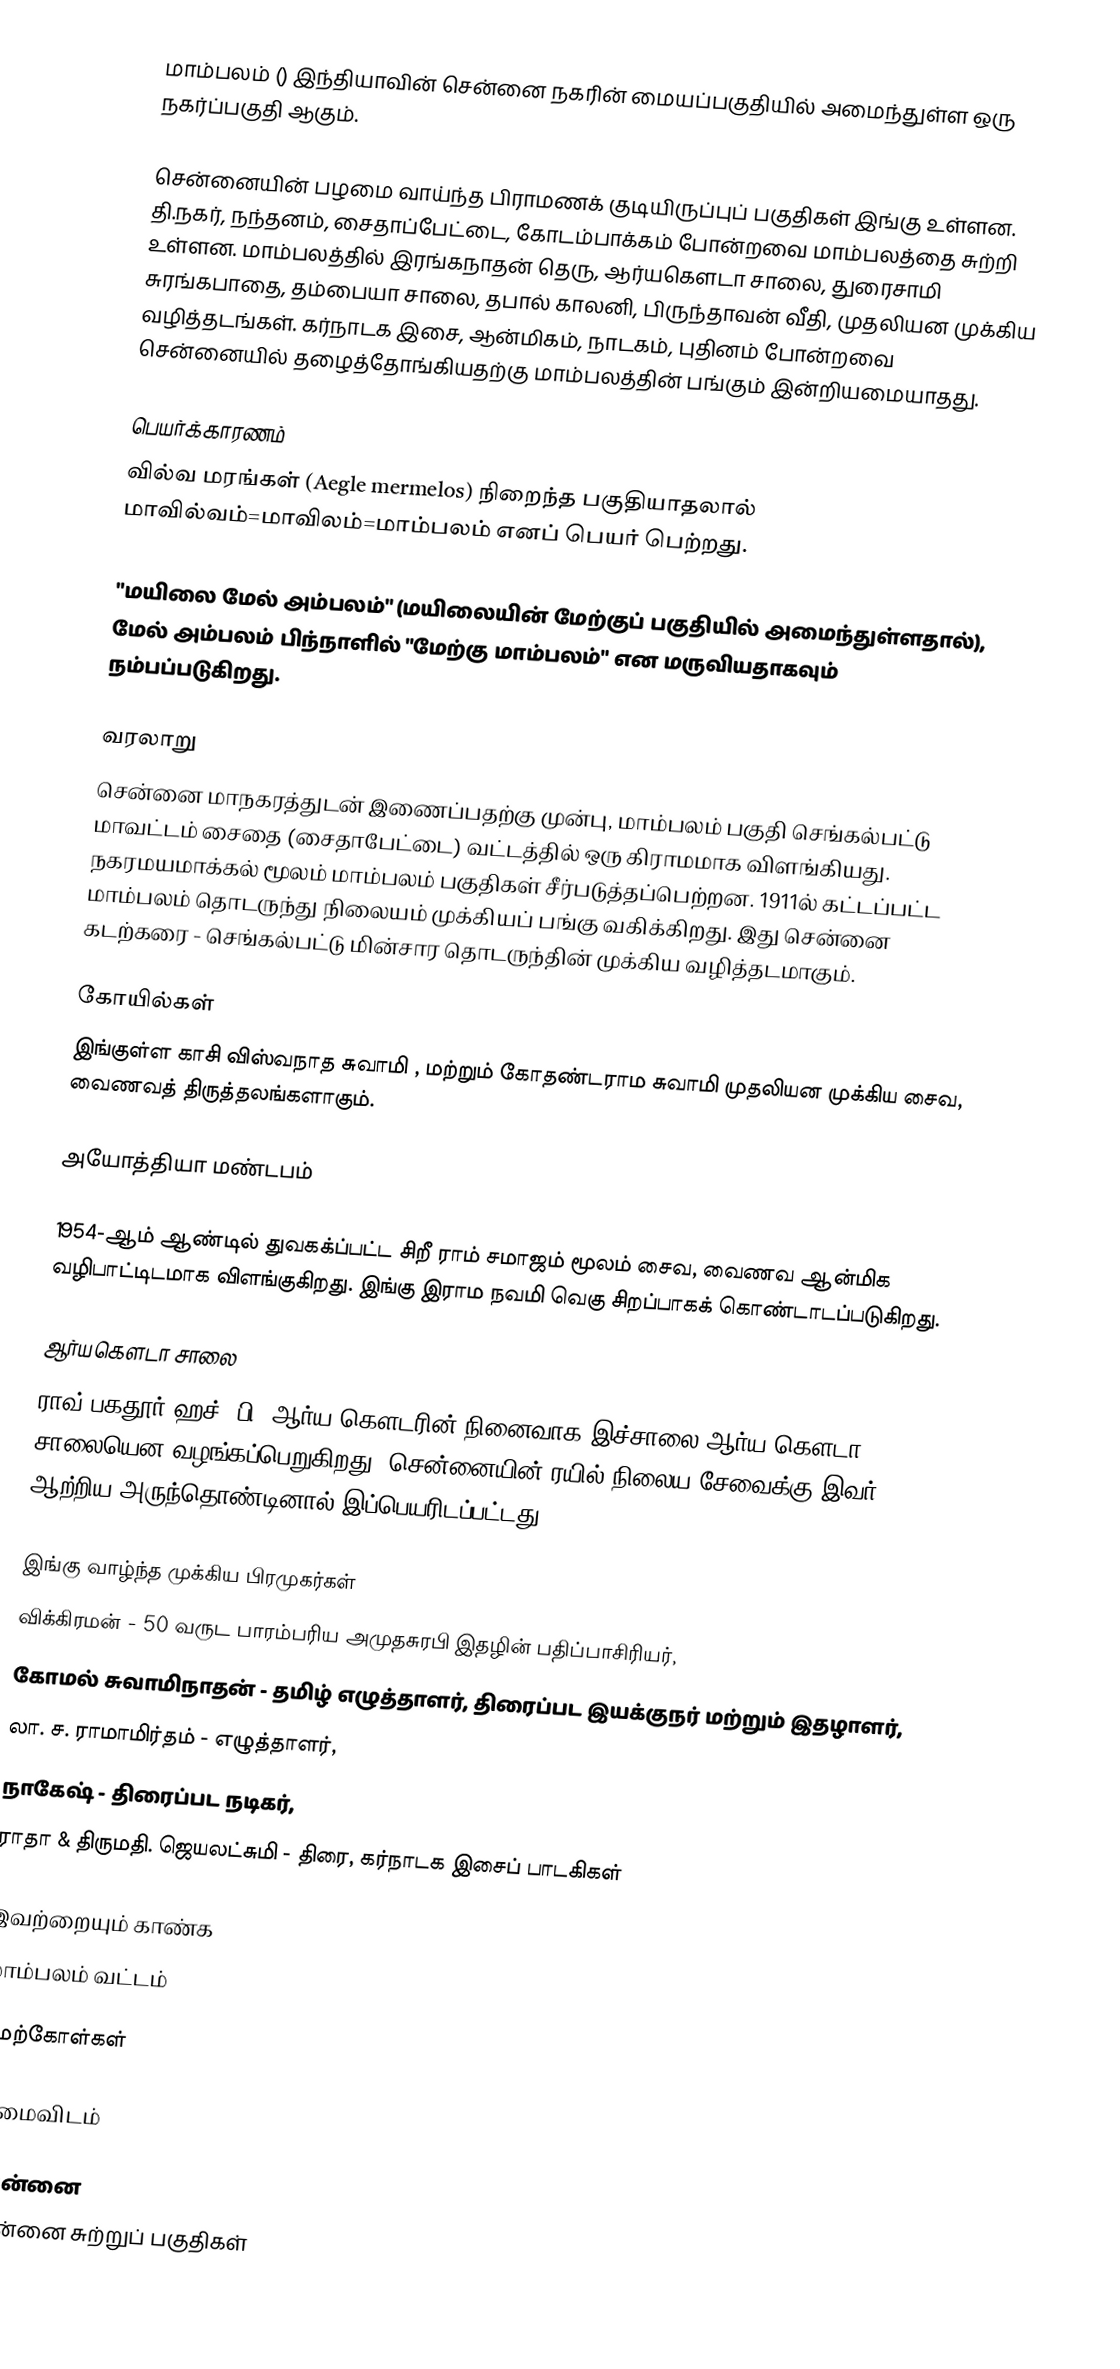
மாம்பலம் () இந்தியாவின் சென்னை நகரின் மையப்பகுதியில் அமைந்துள்ள ஒரு நகர்ப்பகுதி ஆகும்.

சென்னையின் பழமை வாய்ந்த பிராமணக் குடியிருப்புப் பகுதிகள் இங்கு உள்ளன. தி.நகர், நந்தனம், சைதாப்பேட்டை, கோடம்பாக்கம் போன்றவை மாம்பலத்தை சுற்றி உள்ளன. மாம்பலத்தில் இரங்கநாதன் தெரு, ஆர்யகௌடா சாலை, துரைசாமி சுரங்கபாதை, தம்பையா சாலை, தபால் காலனி, பிருந்தாவன் வீதி, முதலியன முக்கிய வழித்தடங்கள். கர்நாடக இசை, ஆன்மிகம், நாடகம், புதினம் போன்றவை சென்னையில் தழைத்தோங்கியதற்கு மாம்பலத்தின் பங்கும் இன்றியமையாதது.

பெயர்க்காரணம்
வில்வ மரங்கள் (Aegle mermelos) நிறைந்த பகுதியாதலால் மாவில்வம்=மாவிலம்=மாம்பலம் எனப் பெயர் பெற்றது.

"மயிலை மேல் அம்பலம்" (மயிலையின் மேற்குப் பகுதியில் அமைந்துள்ளதால்), மேல் அம்பலம் பிந்நாளில் "மேற்கு மாம்பலம்" என மருவியதாகவும் நம்பப்படுகிறது.

வரலாறு
சென்னை மாநகரத்துடன் இணைப்பதற்கு முன்பு, மாம்பலம் பகுதி செங்கல்பட்டு மாவட்டம் சைதை (சைதாபேட்டை) வட்டத்தில் ஒரு கிராமமாக விளங்கியது. நகரமயமாக்கல் மூலம் மாம்பலம் பகுதிகள் சீர்படுத்தப்பெற்றன. 1911ல் கட்டப்பட்ட மாம்பலம் தொடருந்து நிலையம்  முக்கியப் பங்கு வகிக்கிறது. இது சென்னை கடற்கரை  - செங்கல்பட்டு மின்சார தொடருந்தின் முக்கிய வழித்தடமாகும்.

கோயில்கள்
இங்குள்ள காசி விஸ்வநாத சுவாமி , மற்றும் கோதண்டராம சுவாமி முதலியன முக்கிய சைவ, வைணவத் திருத்தலங்களாகும்.

அயோத்தியா மண்டபம்

1954-ஆம் ஆண்டில் துவகக்ப்பட்ட சிறீ ராம் சமாஜம் மூலம் சைவ, வைணவ ஆன்மிக வழிபாட்டிடமாக விளங்குகிறது. இங்கு இராம நவமி வெகு சிறப்பாகக் கொண்டாடப்படுகிறது.

ஆர்யகௌடா சாலை
ராவ் பகதூர் ஹச். பி. ஆர்ய கௌடரின் நினைவாக இச்சாலை ஆர்ய கௌடா சாலையென வழங்கப்பெறுகிறது. சென்னையின் ரயில் நிலைய சேவைக்கு இவர் ஆற்றிய அருந்தொண்டினால் இப்பெயரிடப்பட்டது.

இங்கு வாழ்ந்த முக்கிய பிரமுகர்கள்
 விக்கிரமன் - 50 வருட பாரம்பரிய அமுதசுரபி இதழின் பதிப்பாசிரியர்,
 கோமல் சுவாமிநாதன் - தமிழ் எழுத்தாளர், திரைப்பட இயக்குநர் மற்றும் இதழாளர்,
 லா. ச. ராமாமிர்தம் - எழுத்தாளர்,
 நாகேஷ் - திரைப்பட நடிகர்,
 ராதா & திருமதி. ஜெயலட்சுமி - திரை, கர்நாடக இசைப் பாடகிகள்

இவற்றையும் காண்க
 மாம்பலம் வட்டம்

மேற்கோள்கள்

அமைவிடம்

சென்னை
சென்னை சுற்றுப் பகுதிகள்